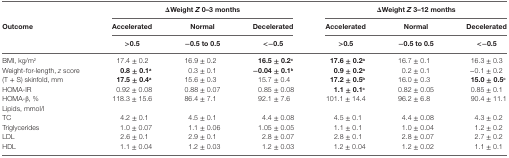
|  | <COLSPAN=3> ΔWeight Z 0–3 months | <COLSPAN=3> ΔWeight Z 3–12 months |
 | Outcome | Accelerated | Normal | Decelerated | Accelerated | Normal | Decelerated |
 |  | >0.5 | −0.5 to 0.5 | <−0.5 | >0.5 | −0.5 to 0.5 | <−0.5 |
 | --- | --- | --- | --- | --- | --- | --- |
 | BMI, kg/m2 | 17.4 ± 0.2 | 16.9 ± 0.2 | 16.5 ± 0.2c | 17.6 ± 0.2a | 16.7 ± 0.1 | 16.3 ± 0.3 |
 | Weight-for-length, z score | 0.8 ± 0.1a | 0.3 ± 0.1 | −0.04 ± 0.1b | 0.9 ± 0.2a | 0.2 ± 0.1 | −0.1 ± 0.2 |
 | (T + S) skinfold, mm | 17.5 ± 0.4a | 15.6 ± 0.3 | 15.7 ± 0.4 | 17.2 ± 0.5b | 16.0 ± 0.3 | 15.0 ± 0.5c |
 | HOMA-IR | 0.92 ± 0.08 | 0.88 ± 0.07 | 0.85 ± 0.08 | 1.1 ± 0.1c | 0.82 ± 0.05 | 0.85 ± 0.1 |
 | HOMA-β, % | 118.3 ± 15.6 | 86.4 ± 7.1 | 92.1 ± 7.6 | 101.1 ± 14.4 | 96.2 ± 6.8 | 90.4 ± 11.1 |
 | <COLSPAN=7> Lipids, mmol/l |
 | TC | 4.2 ± 0.1 | 4.5 ± 0.1 | 4.4 ± 0.08 | 4.5 ± 0.1 | 4.4 ± 0.08 | 4.3 ± 0.2 |
 | Triglycerides | 1.0 ± 0.07 | 1.1 ± 0.06 | 1.05 ± 0.05 | 1.1 ± 0.1 | 1.0 ± 0.04 | 1.2 ± 0.2 |
 | LDL | 2.6 ± 0.1 | 2.9 ± 0.1 | 2.8 ± 0.07 | 2.8 ± 0.1 | 2.8 ± 0.07 | 2.7 ± 0.2 |
 | HDL | 1.1 ± 0.04 | 1.2 ± 0.03 | 1.2 ± 0.03 | 1.2 ± 0.04 | 1.2 ± 0.02 | 1.1 ± 0.1 |